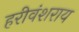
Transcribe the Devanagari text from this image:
हरीवंशराय